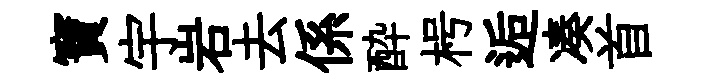
寶宇岩去係酔枵逅凑首